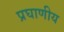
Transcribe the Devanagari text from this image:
प्रघाणीय